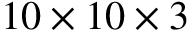
1 0 \times 1 0 \times 3